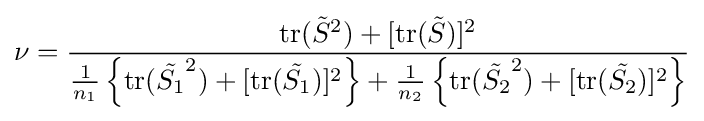
\nu ={\frac {\mathrm {tr} ({\tilde {S}}^{2})+[\mathrm {tr} ({\tilde {S}})]^{2}}{{\frac {1}{n_{1}}}\left\{\mathrm {tr} ({\tilde {S_{1}}}^{2})+[\mathrm {tr} ({\tilde {S_{1}}})]^{2}\right\}+{\frac {1}{n_{2}}}\left\{\mathrm {tr} ({\tilde {S_{2}}}^{2})+[\mathrm {tr} ({\tilde {S_{2}}})]^{2}\right\}}}